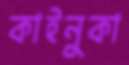
কাইনুকা